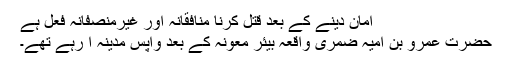
امان دینے کے بعد قتل کرنا منافقانہ اور غیرمنصفانہ فعل ہے
حضرت عمروؓ بن امیہ ضمری واقعہ بیئر معونہ کے بعد واپس مدینہ آ رہے تھے۔